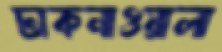
ঢাকনাওয়ালা